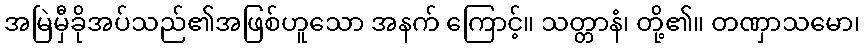
အမြဲမှီခိုအပ်သည်၏အဖြစ်ဟူသော အနက် ကြောင့်။ သတ္တာနံ၊ တို့၏။ တဏှာသမော၊